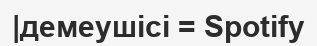
|демеушісі = Spotify